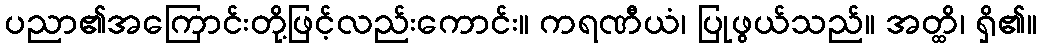
ပညာ၏အကြောင်းတို့ဖြင့်လည်းကောင်း။ ကရဏီယံ၊ ပြုဖွယ်သည်။ အတ္ထိ၊ ရှိ၏။